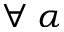
\forall \: \alpha